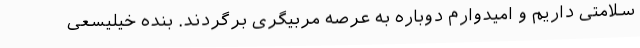
سلامتی داریم و امیدوارم دوباره به عرصه مربیگری برگردند. بنده خیلیسعی